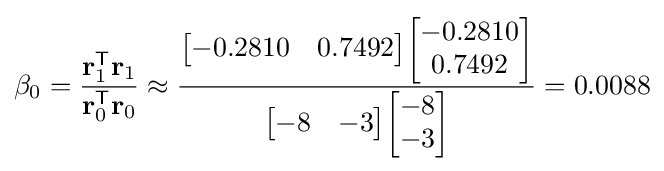
\beta _{0}={\frac {\mathbf {r} _{1}^{\mathsf {T}}\mathbf {r} _{1}}{\mathbf {r} _{0}^{\mathsf {T}}\mathbf {r} _{0}}}\approx {\frac {{\begin{bmatrix}-0.2810&0.7492\end{bmatrix}}{\begin{bmatrix}-0.2810\\0.7492\end{bmatrix}}}{{\begin{bmatrix}-8&-3\end{bmatrix}}{\begin{bmatrix}-8\\-3\end{bmatrix}}}}=0.0088